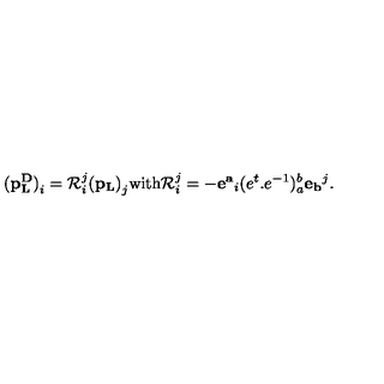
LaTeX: { \bf ( p _ { L } ^ { D } ) } _ { i } = { \cal R } _ { i } ^ { j } { \bf ( p _ { L } ) } _ { j } \mathrm { w i t h } { \cal R } _ { i } ^ { j } = - { \bf e ^ { a } } _ { i } ( e ^ { t } . e ^ { - 1 } ) _ { a } ^ { b } { \bf e _ { b } } ^ { j } .